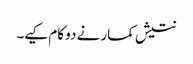
نتیش کمار نے دو کام کیے۔